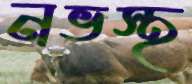
নভস্থ